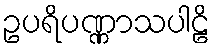
ဥပရိပဏ္ဏာသပါဠိ